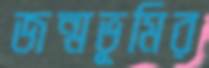
জন্মভূমির